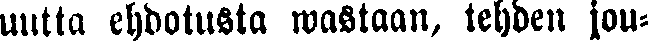
uutta ehdotusta wastaan, tehden jou-